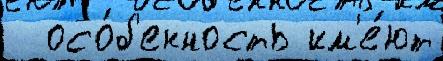
  осо́б'енность им'е́ют